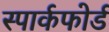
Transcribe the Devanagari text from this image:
स्पार्कफोर्ड